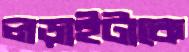
লড়াইটাকে